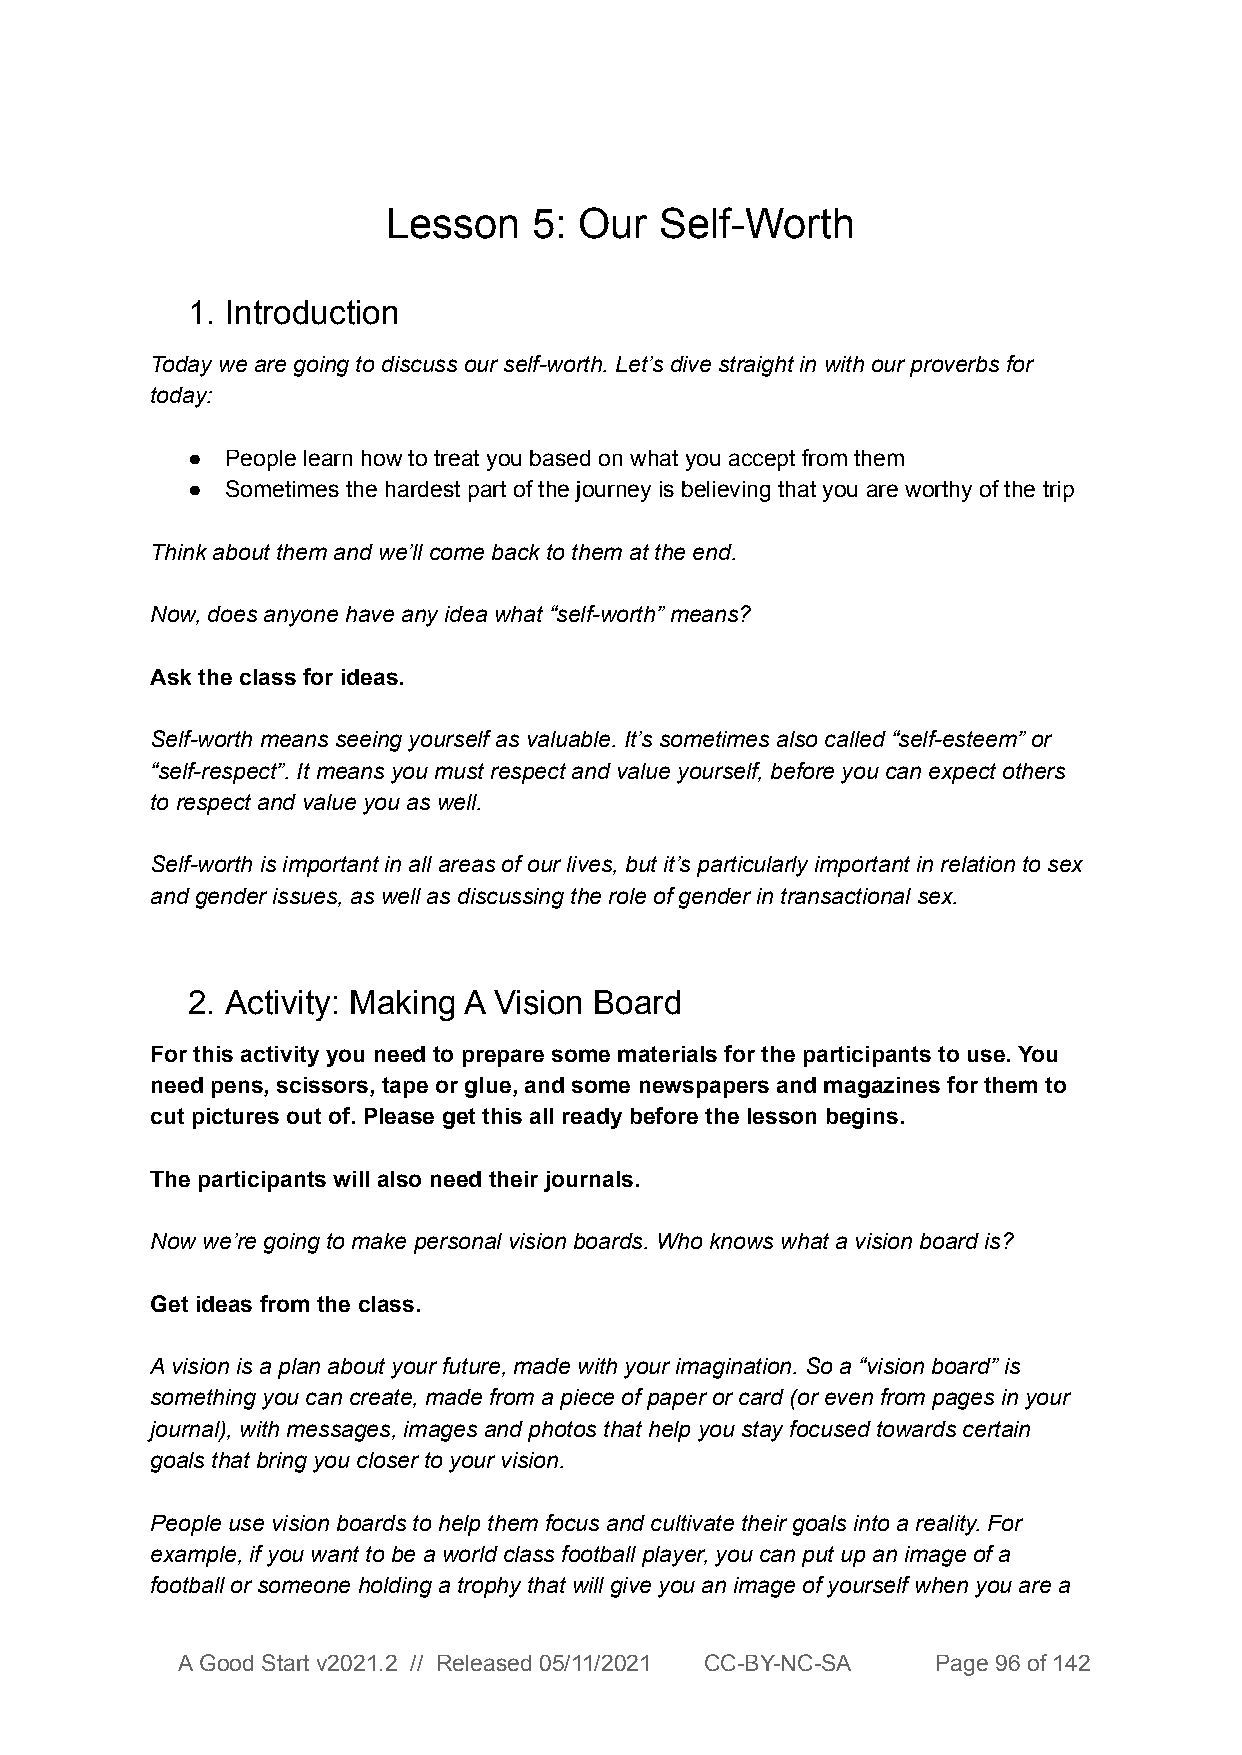
Lesson   5: Our   Self-Worth
 1. Introduction
 Today we are going to discuss our self-worth. Let’s dive straight in with our proverbs for
 today:
 ●  People learn how to treat you based on what you accept from them
 ●  Sometimes the hardest part of the journey is believing that you are worthy of the trip
 Think about them and we’ll come back to them at the end.
 Now, does anyone have any idea what “self-worth” means?
 Ask the class for ideas.
 Self-worth means seeing yourself as valuable. It’s sometimes also called “self-esteem” or
 “self-respect”. It means you must respect and value yourself, before you can expect others
 to respect and value you as well.
 Self-worth is important in all areas of our lives, but it’s particularly important in relation to sex
 and gender issues, as well as discussing the role of gender in transactional sex.
 2. Activity: Making A Vision Board
 For this activity you need to prepare some materials for the participants to use. You
 need pens, scissors, tape or glue, and some newspapers and magazines for them to
 cut pictures out of. Please get this all ready before the lesson begins.
 The participants will also need their journals.
 Now we’re going to make personal vision boards. Who knows what a vision board is?
 Get ideas from the class.
 A vision is a plan about your future, made with your imagination. So a “vision board” is
 something you can create, made from a piece of paper or card (or even from pages in your
 journal), with messages, images and photos that help you stay focused towards certain
 goals that bring you closer to your vision.
 People use vision boards to help them focus and cultivate their goals into a reality. For
 example, if you want to be a world class football player, you can put up an image of a
 football or someone holding a trophy that will give you an image of yourself when you are a
 A Good Start v2021.2 // Released 05/11/2021 CC-BY-NC-SA Page 96 of 142